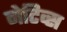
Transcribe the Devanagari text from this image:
नेटिव्स